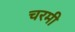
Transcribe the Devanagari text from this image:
चरमी